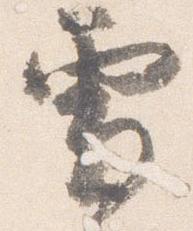
雪